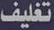
تغليف